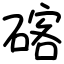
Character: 碦